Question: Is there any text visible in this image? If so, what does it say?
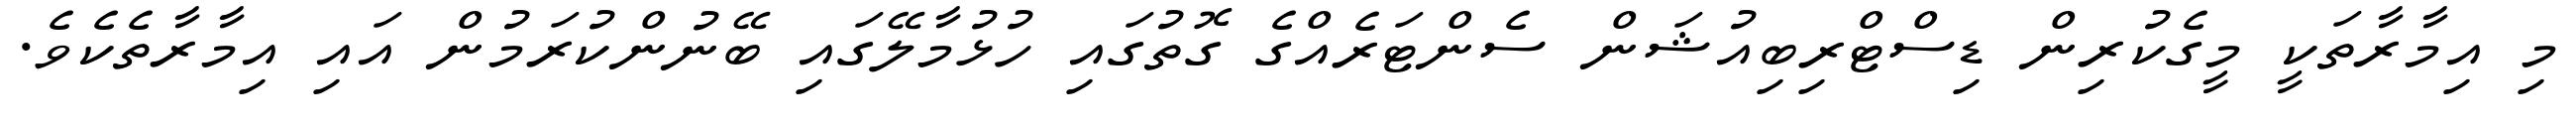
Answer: މި އިމާރާތަކީ މީގެކުރިން ޑިސްޓްރިބިއުޝަން ސެންޓަރެއްގެ ގޮތުގައި ހުޅުމާލޭގައި ބޭނުންކުރަމުން އައި އިމާރާތެކެވެ.